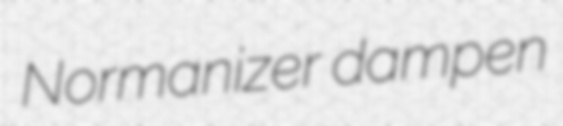
Normanizer dampen